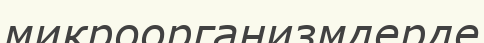
микроорганизмдерде